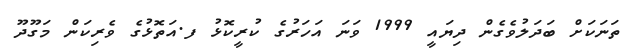
ތަނަކަށް ބަދަލުވެގެން ދިޔައީ 1999 ވަނަ އަހަރުގެ ކުރީކޮޅު ފ.އަތޮޅުގެ ވެރިކަން މަގޫދޫ